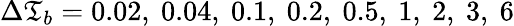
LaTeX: \Delta\mathfrak{T}_{b}=0.02,\ 0.04,\ 0.1,\ 0.2,\ 0.5,\ 1,\ 2,\ 3,\ 6